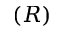
( R )